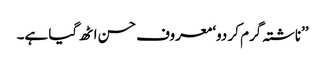
’’ناشتہ گرم کر دو‘ معروف حسن اٹھ گیا ہے۔